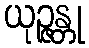
ယုဉ္ဇန္တု